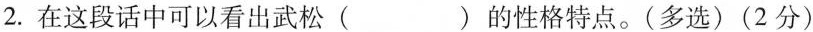
2.在这段话中可以看出武松()的性格特点。(多选)(2分)